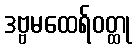
ဒဗ္ဗမထေရ်ဝတ္ထု